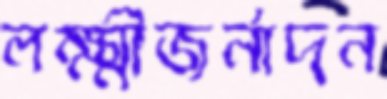
লক্ষ্মীজর্নাদন